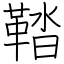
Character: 鞜